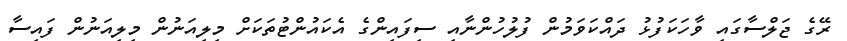
ރޭގެ ޖަލްސާގައި ވާހަކަފުޅު ދައްކަވަމުން ފުލުހުންނާއި ސިފައިންގެ އެކައުންޓުތަކަށް މިލިއަނުން މިލިއަނުން ފައިސާ